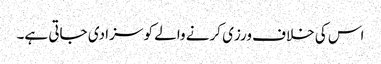
اس کی خلاف ورزی کرنے والے کو سزا دی جاتی ہے۔